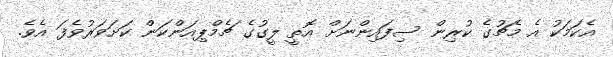
އެކަމަކު އެ މެޗުގެ ކުރިން ސިފައިންނަށް އޮތީ ލީގުގެ ޗެމްޕިއަންކަން ކަށަވަރުވެފަ އެވެ.